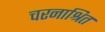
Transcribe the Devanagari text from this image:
चरनाश्रित